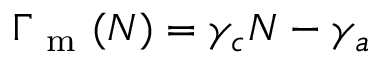
\Gamma _ { \mathrm { ~ m ~ } } ( N ) = \gamma _ { c } N - \gamma _ { a }